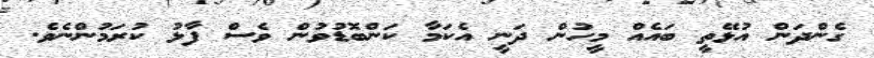
ގެންދަން އުޅޭތީ ބައެއް މީހުން ދަނީ އެކަމާ ކަންބޮޑުވުން ވެސް ފާޅު ކުރަމުންނެވެ.